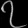
Digit: ၇